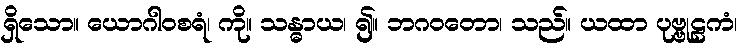
ရှိသော။ ယောဂါဝစရံ၊ ကို။ သန္ဓာယ၊ ၍။ ဘဂဝတော၊ သည်။ ယထာ ပုဗ္ဗုဠကံ၊